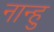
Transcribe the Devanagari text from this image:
नान्हु